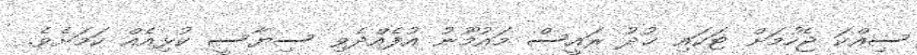
ސިއްކަ ޖެހުމަށް ޓަކައި ޚުދު ރައީސް މައުމޫނު އުފެއްދެވި ސިޔާސީ ކުޅިއެއް ކަމަށެވެ.